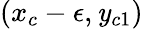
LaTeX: (x_{c}-\epsilon,\mathit{y}_{c1})